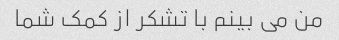
من می بینم با تشکر از کمک شما